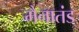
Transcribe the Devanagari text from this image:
मैनातंड